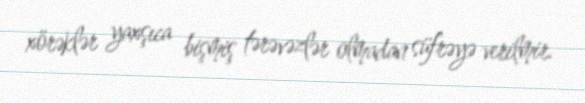
xörəklər yaxşıca bişmiş tərəvəzlər olmadan süfrəyə verilmir.